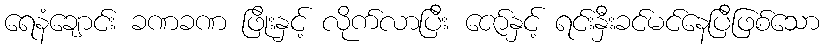
ရေနံချောင်း ခဏခဏ ဖြိုးနှင့် လိုက်လာပြီး ဇော်နှင့် ရင်းနှီးခင်မင်နေပြီဖြစ်သော